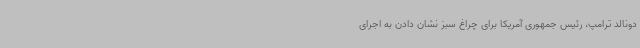
دونالد ترامپ، رئیس جمهوری آمریکا برای چراغ سبز نشان دادن به اجرای